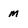
Character: M